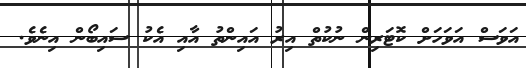
އަވަސް އަވަހަށް ކޮޓަރިން ނުކުތް އިރު އައިންތު އާއި އެކު ސައިބޯން އިނެވެ.